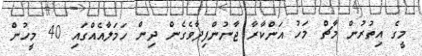
މީގެ އިތުރުން މާޗް މަހު އަންކާރާ ޖާނުންފިދާވެގެން ދިން ހަމަލާއެއްގައި 40 މީހުން